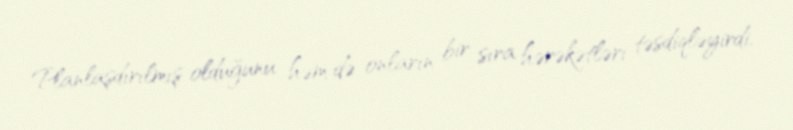
Planlaşdırılmış olduğunu həm də onların bir sıra hərəkətləri təsdiqləyirdi,